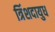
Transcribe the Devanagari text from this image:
त्रिंशदायुध